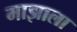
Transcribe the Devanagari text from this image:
माझाला